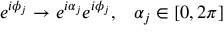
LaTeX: e ^ { i \phi _ { j } } \to e ^ { i \alpha _ { j } } e ^ { i \phi _ { j } } , \; \; \; \alpha _ { j } \in [ 0 , 2 \pi ]